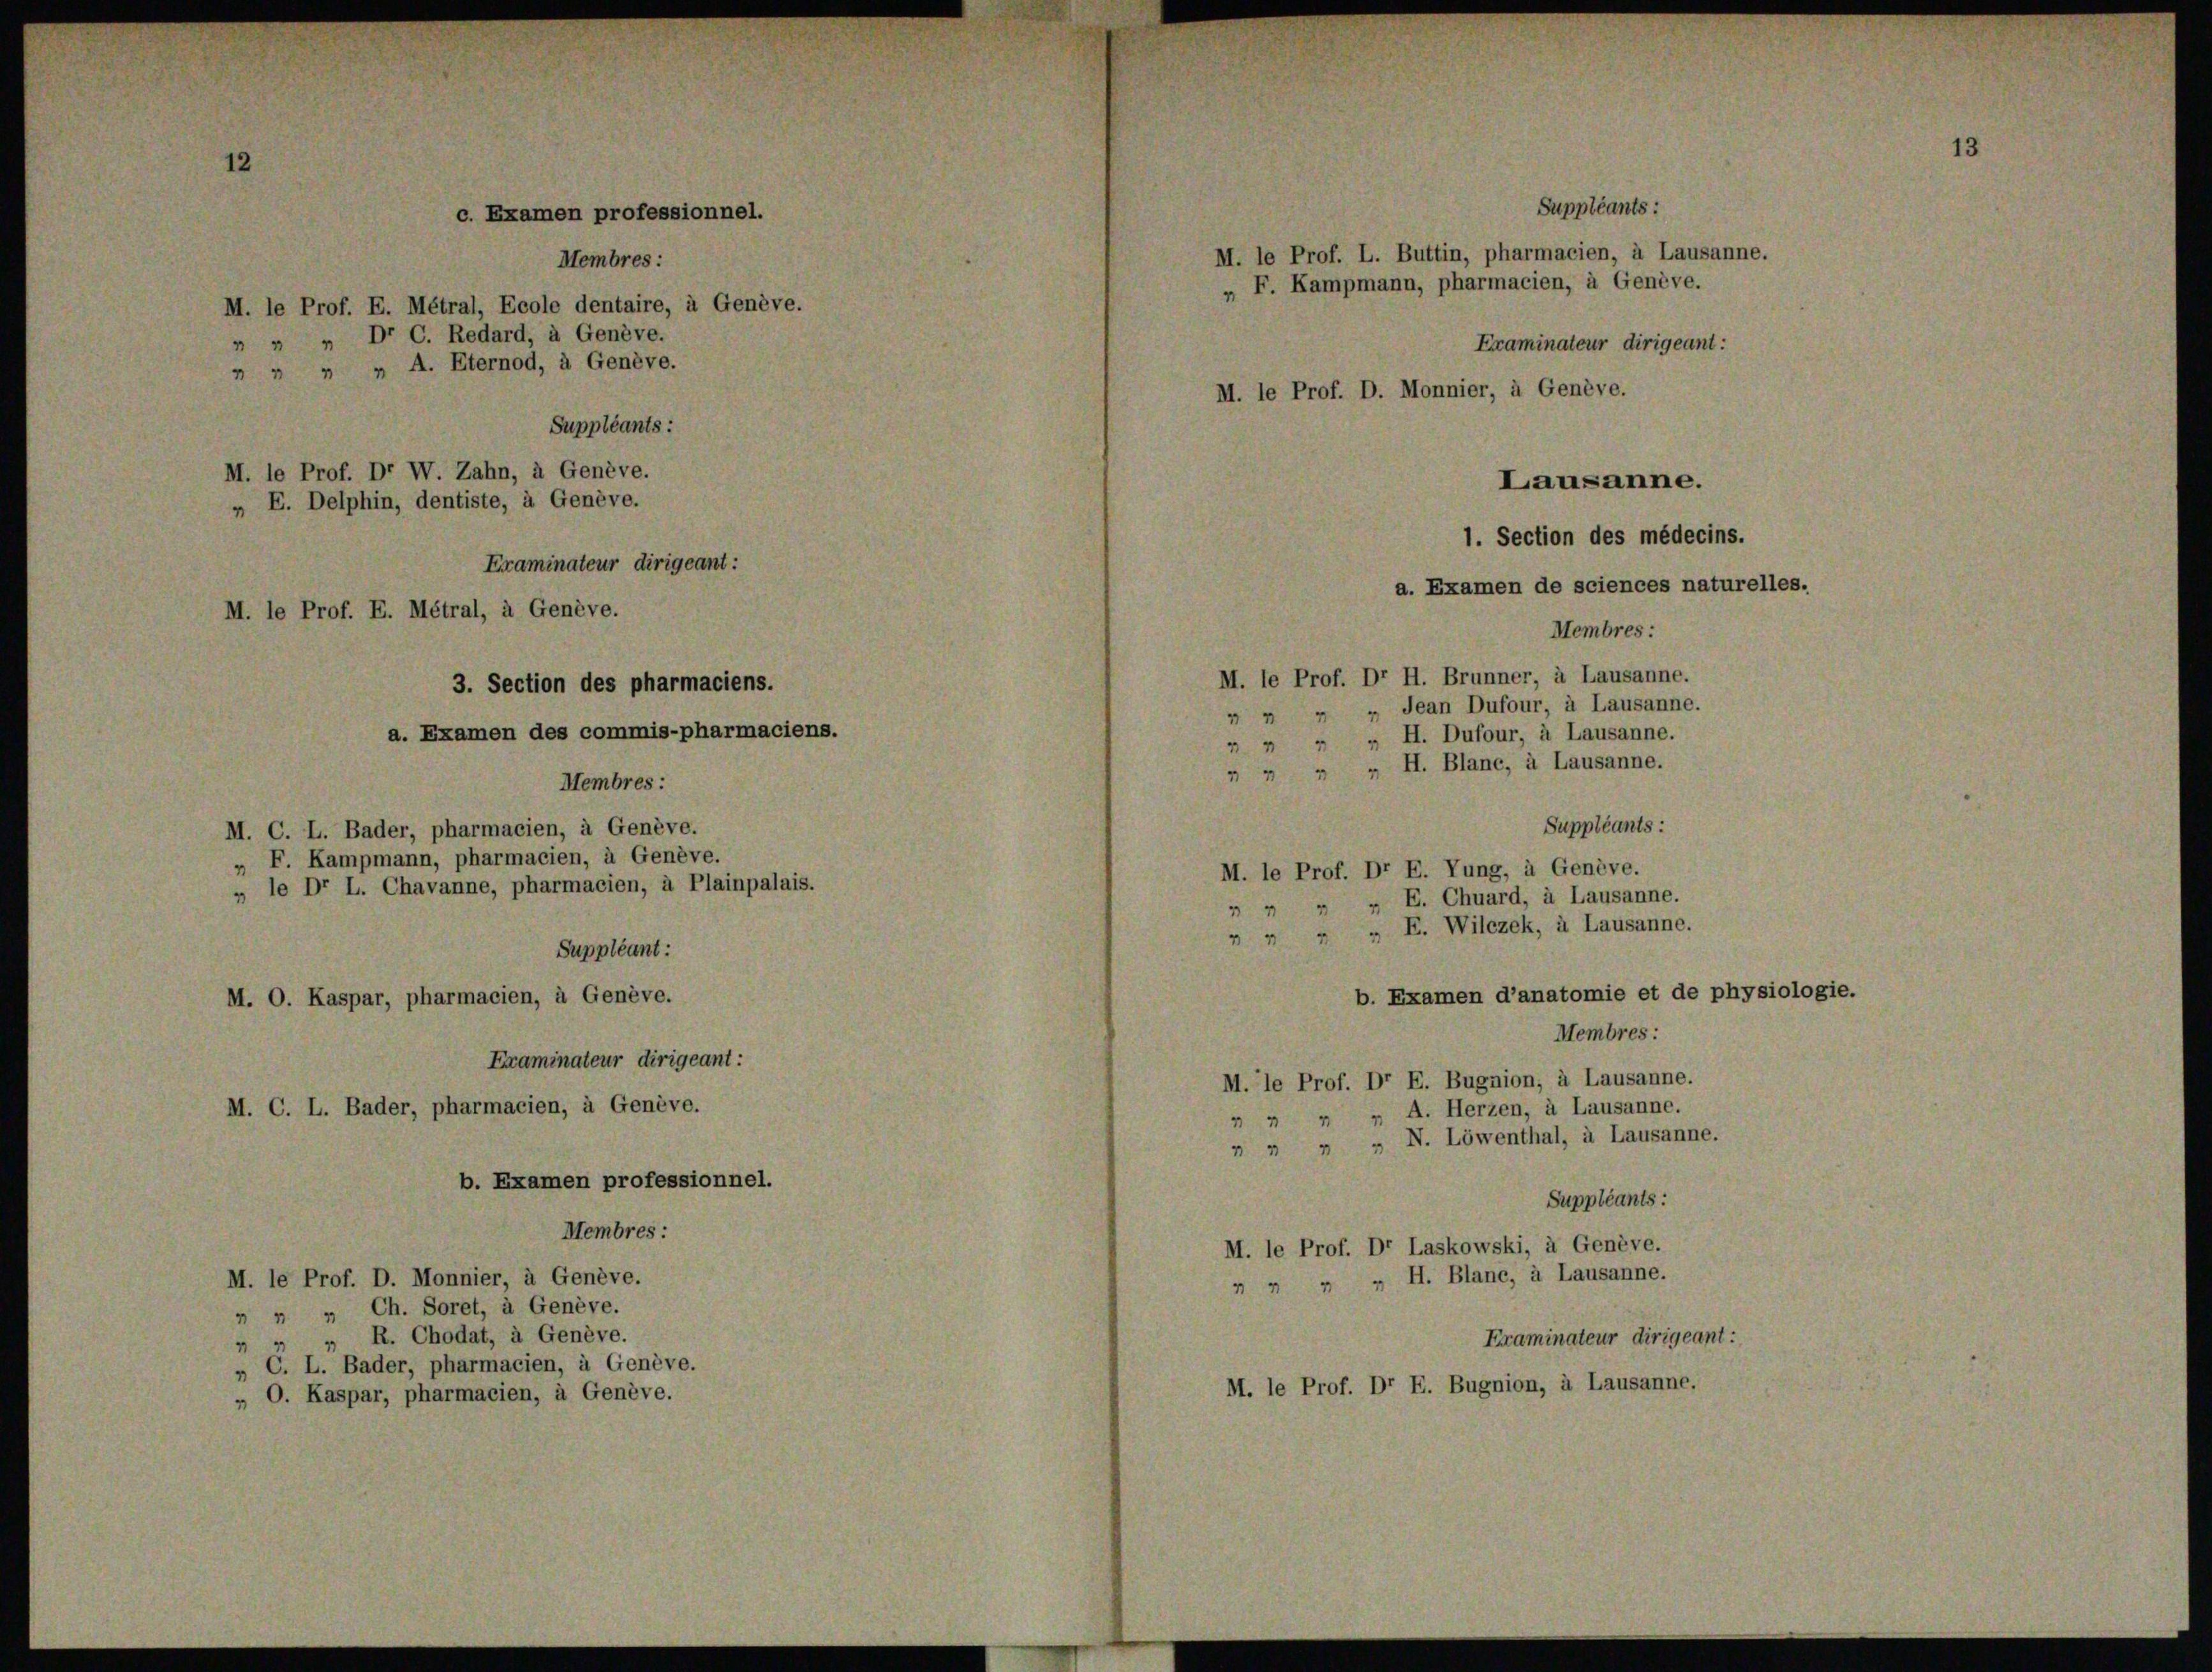
c. Examen professionnel.
Membres:
M. le Prof. E. Métral, Ecole dentaire, à Genève.
 " " Dr C. Redard, à Genève.
  „ „ A. Eternod, à Genève.

M. le Prof. Dr W. Zahn, à Genève.

Examinateur dirigeant:
M. le Prof. E. Métral, à Genève.
3. Section des pharmaciens.
a. Examen des commis-pharmaciens.

Suppléants:
„ E. Delphin, dentiste, à Genève.
Membres:
M. C. L. Bader, pharmacien, à Genève.
„ F. Kampmann, pharmacien, à Genève.
» le Dr L. Chavanne, pharmacien, à Plainpalais.
Suppléant:
M. O. Kaspar, pharmacien, à Genève.
Examinateur dirigeant:
M. C. L. Bader, pharmacien, à Genève.
b. Examen professionnel.
Membres:
M. le Prof. D. Monnier, à Genève.
 " " Ch. Soret, à Genève.
" " " R. Chodat, à Genève.
C. L. Bader, pharmacien, à Genève.
1
„O. Kaspar, pharmacien, à Genève.

1. Section des médecins.
a. Examen de sciences naturelles.
Membres:
M. le Prof. Dr H. Brunner, à Lausanne.
 " " " Jean Dufour, à Lausanne.
 " " " H. Dufour, à Lausanne.
 " " " H. Blanc, à Lausanne.
Suppléants:
M. le Prof. Dr E. Tung, à Genève.
 " " " E. Chuard, à Lausanne.
7 " " " E. Wilczek, à Lausanne.
b. Examen d’anatomie et de physiologie.
Membres:
M. le Prof. Dr E. Bugnion, à Lausanne.
 „ A. Herzen, à Lausanne.
4
7 " " " N. Löwenthal, à Lausanne.
Suppléants:
M. le Prof. Dr Laskowski, à Genève.
 " " " H. Blanc, à Lausanne.
Eraminateur dirigeant:
M. le Prof. Dr E. Bugnion, à Lausanne.

M. le Prof. L. Buttin, pharmacien, à Lausanne.
„ F. Kampmann, pharmacien, à Genève.
Eraminateur dirigeant:
M. le Prof. D. Monnier, à Genève.
Lausanne.

Suppléants: